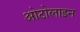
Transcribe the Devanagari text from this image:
ओटोलाइन